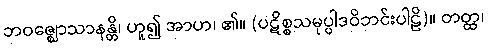
ဘဝဇ္ဈောသာနန္တိ၊ ဟူ၍ အာဟ၊ ၏။ (ပဋိစ္စသမုပ္ပါဒဝိဘင်းပါဠိ)။ တတ္ထ၊